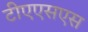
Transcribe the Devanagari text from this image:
टीएएसएस